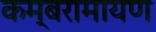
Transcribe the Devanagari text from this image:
कम्बरामायण